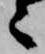
々